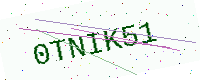
Text: 0TNIK51